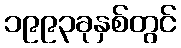
၁၉၉၃ခုနှစ်တွင်